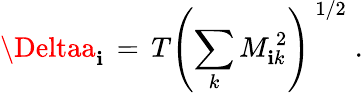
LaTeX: \Deltaa_{\mathbf{i}}\, =\, T\left(\sum_{k}M_{\mathbf{i}k}^{\, 2}\right)^{\, 1/2}\; .